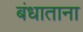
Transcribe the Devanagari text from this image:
बंधाताना